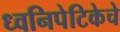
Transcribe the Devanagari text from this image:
ध्वनिपेटिकेचे